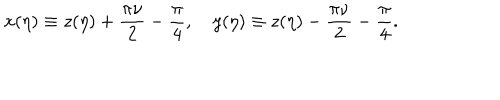
LaTeX: x ( \eta ) \equiv z ( \eta ) + \frac { \pi \nu } { 2 } - \frac { \pi } { 4 } , \quad y ( \eta ) \equiv z ( \eta ) - \frac { \pi \nu } { 2 } - \frac { \pi } { 4 } .